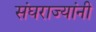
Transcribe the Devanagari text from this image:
संघराज्यांनी